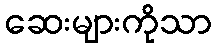
ဆေးများကိုသာ